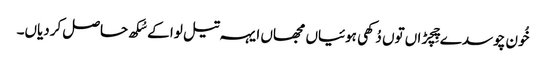
خُون چوسدے چِچڑاں توں دُکھی ہوئیاں مجھاں ایہہ تیل لوا کے سُکھ حاصل کردیاں۔